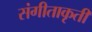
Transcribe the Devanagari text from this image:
संगीताकृती